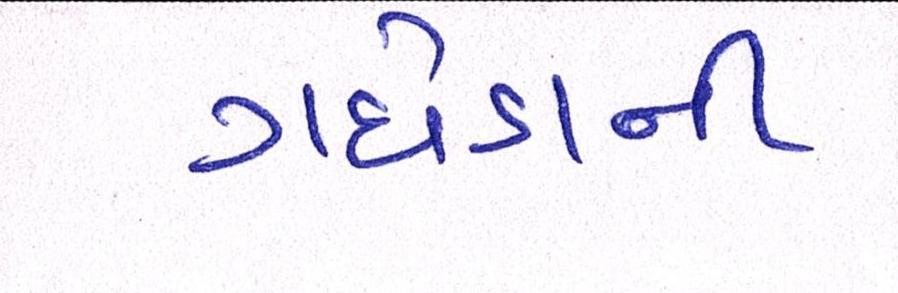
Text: ગધેડાની